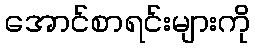
အောင်စာရင်းများကို